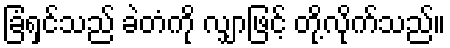
ခြံရှင်သည် ခဲတံကို လျှာဖြင့် တို့လိုက်သည်။